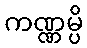
ကဏ္ဏမ္ပိ